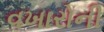
વખારોની